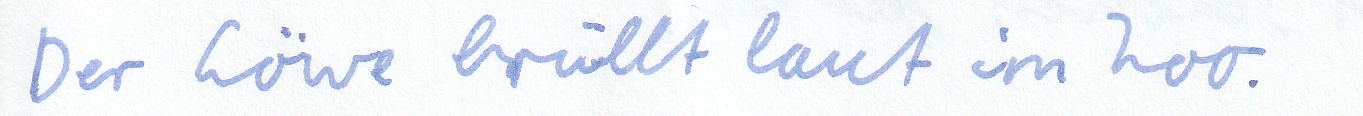
Der Löwe brüllt laut im Zoo.